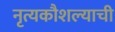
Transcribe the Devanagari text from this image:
नृत्यकौशल्याची